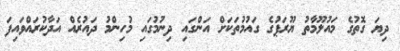
ދިޔަ ގޮތުގެ މައުލޫމާތު ޔޫރަޕުގެ ގައުމުތަކަށް އަންގައި ދިނުމުގައި މުހިންމު ދައުރެއް އަދާކުރައްވައިފަ